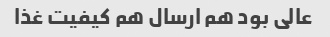
عالی بود هم ارسال هم کیفیت غذا